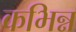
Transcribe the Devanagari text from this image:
कभिन्न